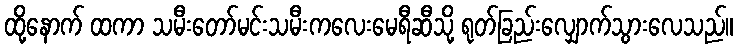
ထို့နောက် ထကာ သမီးတော်မင်းသမီးကလေးမေရီဆီသို့ ရုတ်ခြည်းလျှောက်သွားလေသည်။